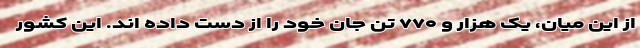
از این میان، یک هزار و ۷۷۰ تن جان خود را از دست داده اند. این کشور